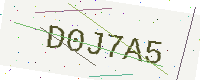
Text: D0J7A5